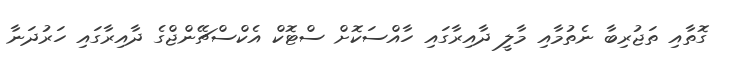
ގޮތާއި ތަޖުރިބާ ނެތުމާއި މާލީ ދާއިރާގައި ހާއްސަކޮށް ސްޓޮކް އެކްސްޗޭންޖްގެ ދާއިރާގައި ހަރުދަނާ